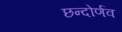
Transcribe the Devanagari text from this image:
छन्दोर्णव